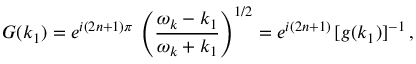
{ \cal G } ( k _ { 1 } ) = e ^ { i ( 2 n + 1 ) \pi } \, \left( \frac { \omega _ { k } - k _ { 1 } } { \omega _ { k } + k _ { 1 } } \right) ^ { 1 / 2 } = e ^ { i ( 2 n + 1 ) } \, [ g ( k _ { 1 } ) ] ^ { - 1 } \, ,